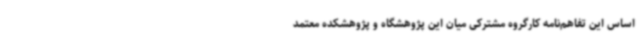
اساس این تفاهم‌نامه کارگروه مشترکی میان این پژوهشگاه و پژوهشکده معتمد